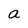
Character: a